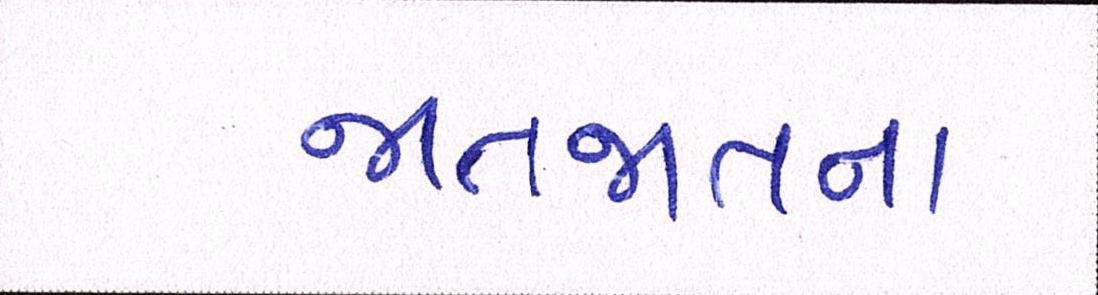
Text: જાતજાતના